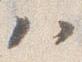
ハ